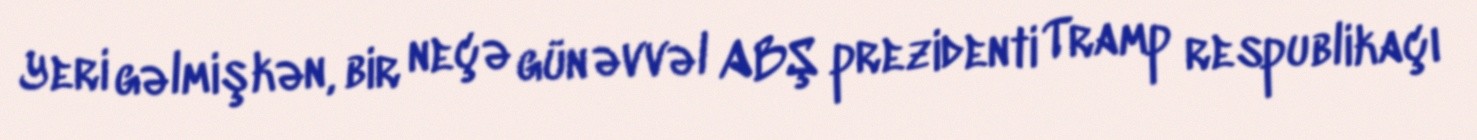
Yeri gəlmişkən, bir neçə gün əvvəl ABŞ prezidenti Tramp respublikaçı